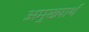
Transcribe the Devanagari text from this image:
अमुख्यार्थ